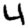
Digit: 4